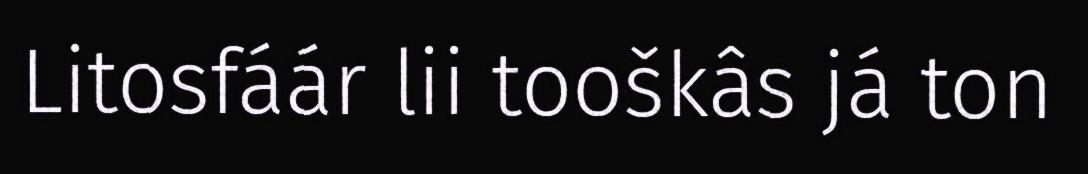
Litosfáár lii tooškâs já ton